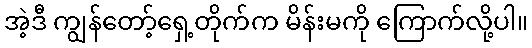
အဲ့ဒီ ကျွန်တော့်ရှေ့တိုက်က မိန်းမကို ကြောက်လို့ပါ။